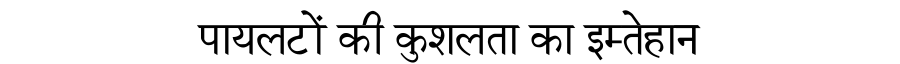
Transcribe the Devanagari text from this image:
पायलटों की कुशलता का इम्तेहान